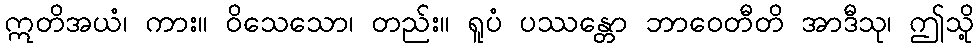
ဣတိအယံ၊ ကား။ ဝိသေသော၊ တည်း။ ရူပံ ပဿန္တော ဘာဝေတီတိ အာဒီသု၊ ဤသို့